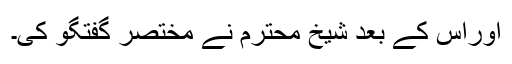
اوراس کے بعد شیخ محترم نے مختصر گفتگو کی۔